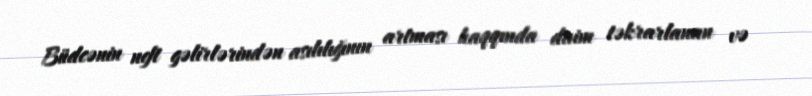
Büdcənin neft gəlirlərindən asılılığının artması haqqında daim təkrarlanan və